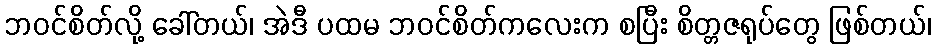
ဘဝင်စိတ်လို့ ခေါ်တယ်၊ အဲဒီ ပထမ ဘဝင်စိတ်ကလေးက စပြီး စိတ္တဇရုပ်တွေ ဖြစ်တယ်၊